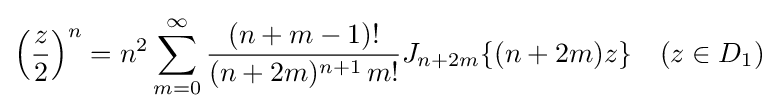
\left({\frac {z}{2}}\right)^{n}=n^{2}\sum _{m=0}^{\infty }{\frac {(n+m-1)!}{(n+2m)^{n+1}\,m!}}J_{n+2m}\{(n+2m)z\}\quad (z\in D_{1})